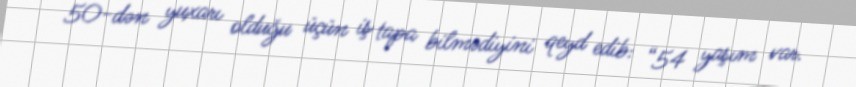
50-dən yuxarı olduğu üçün iş tapa bilmədiyini qeyd edib: “54 yaşım var.